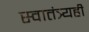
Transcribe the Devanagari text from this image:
स्वातंत्र्यही